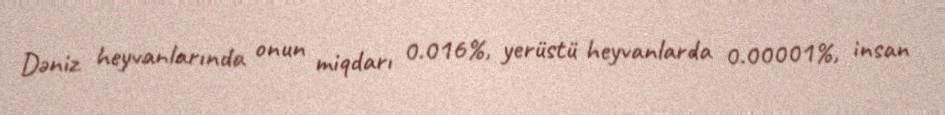
Dəniz heyvanlarında onun miqdarı 0.016%, yerüstü heyvanlarda 0.00001%, insan